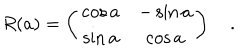
R ( a ) = \left( \begin{matrix} { { \cos a } } & { { - \sin a } } \\ { { \sin a } } & { { \cos a } } \\ \end{matrix} \right) \quad .